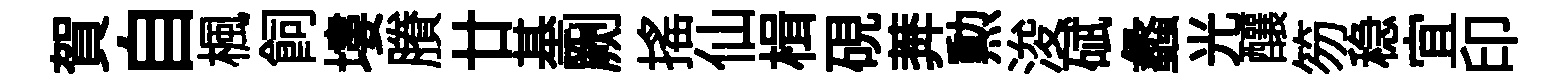
賀自楓飼塿賸廿基劂揺仙楫硯莾勲浚碔蠡光釀笏稳宜印